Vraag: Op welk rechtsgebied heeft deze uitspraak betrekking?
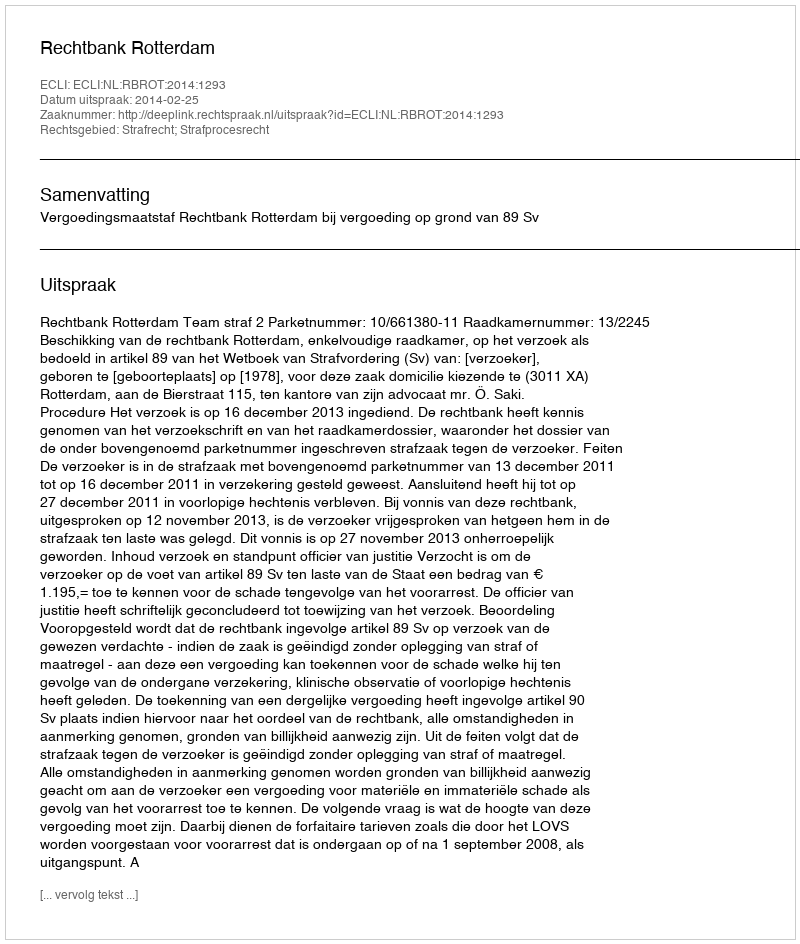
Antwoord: Strafrecht; Strafprocesrecht